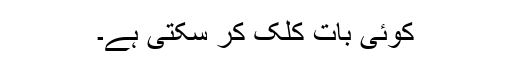
کوئی بات کلک کر سکتی ہے۔